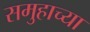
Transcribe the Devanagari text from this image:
समुहाच्या